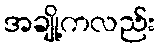
အချို့ကလည်း